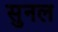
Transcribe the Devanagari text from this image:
सुनल